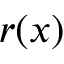
r ( x )